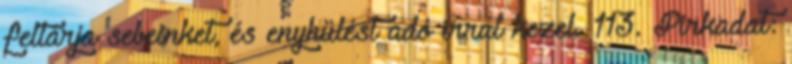
feltárja sebeinket, és enyhülést adó írral kezel. 113. Pirkadat: